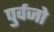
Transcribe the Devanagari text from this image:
पुर्वजो